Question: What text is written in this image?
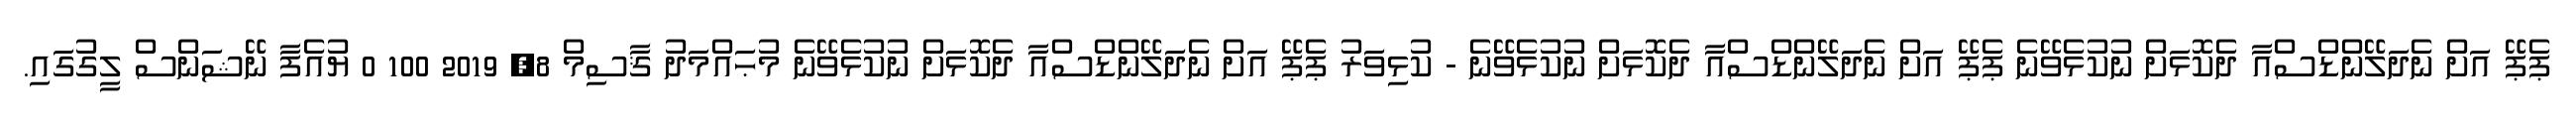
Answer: ޕެޕޭ އަށް ނެދަލޭންޑްސްއާ ދެކޮޅަށް ނުކުޅެވޭނެ ޕެޕޭ އަށް ނެދަލޭންޑްސްއާ ދެކޮޅަށް ނުކުޅެވޭނެ - ކުޅިވަރު ޕެޕޭ އަށް ނެދަލޭންޑްސްއާ ދެކޮޅަށް ނުކުޅެވޭނެ މުޙައްމަދު ޤާސިމް 8, 2019 100 0 ޔުއެފާ ނޭޝަންސް ލީގުގައި.